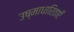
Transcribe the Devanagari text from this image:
उष्माधारिताएँ